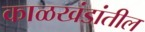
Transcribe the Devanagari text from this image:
काळखंडांतील